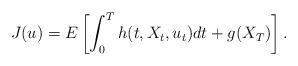
LaTeX: \begin{align*}J(u)=E\left[ \int_{0}^{T}h(t,X_{t},u_{t})dt+g(X_{T})\right] .\end{align*}